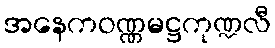
အနေကဝဏ္ဏမဋ္ဌကုဏ္ဍလီ